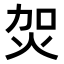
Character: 𤇞